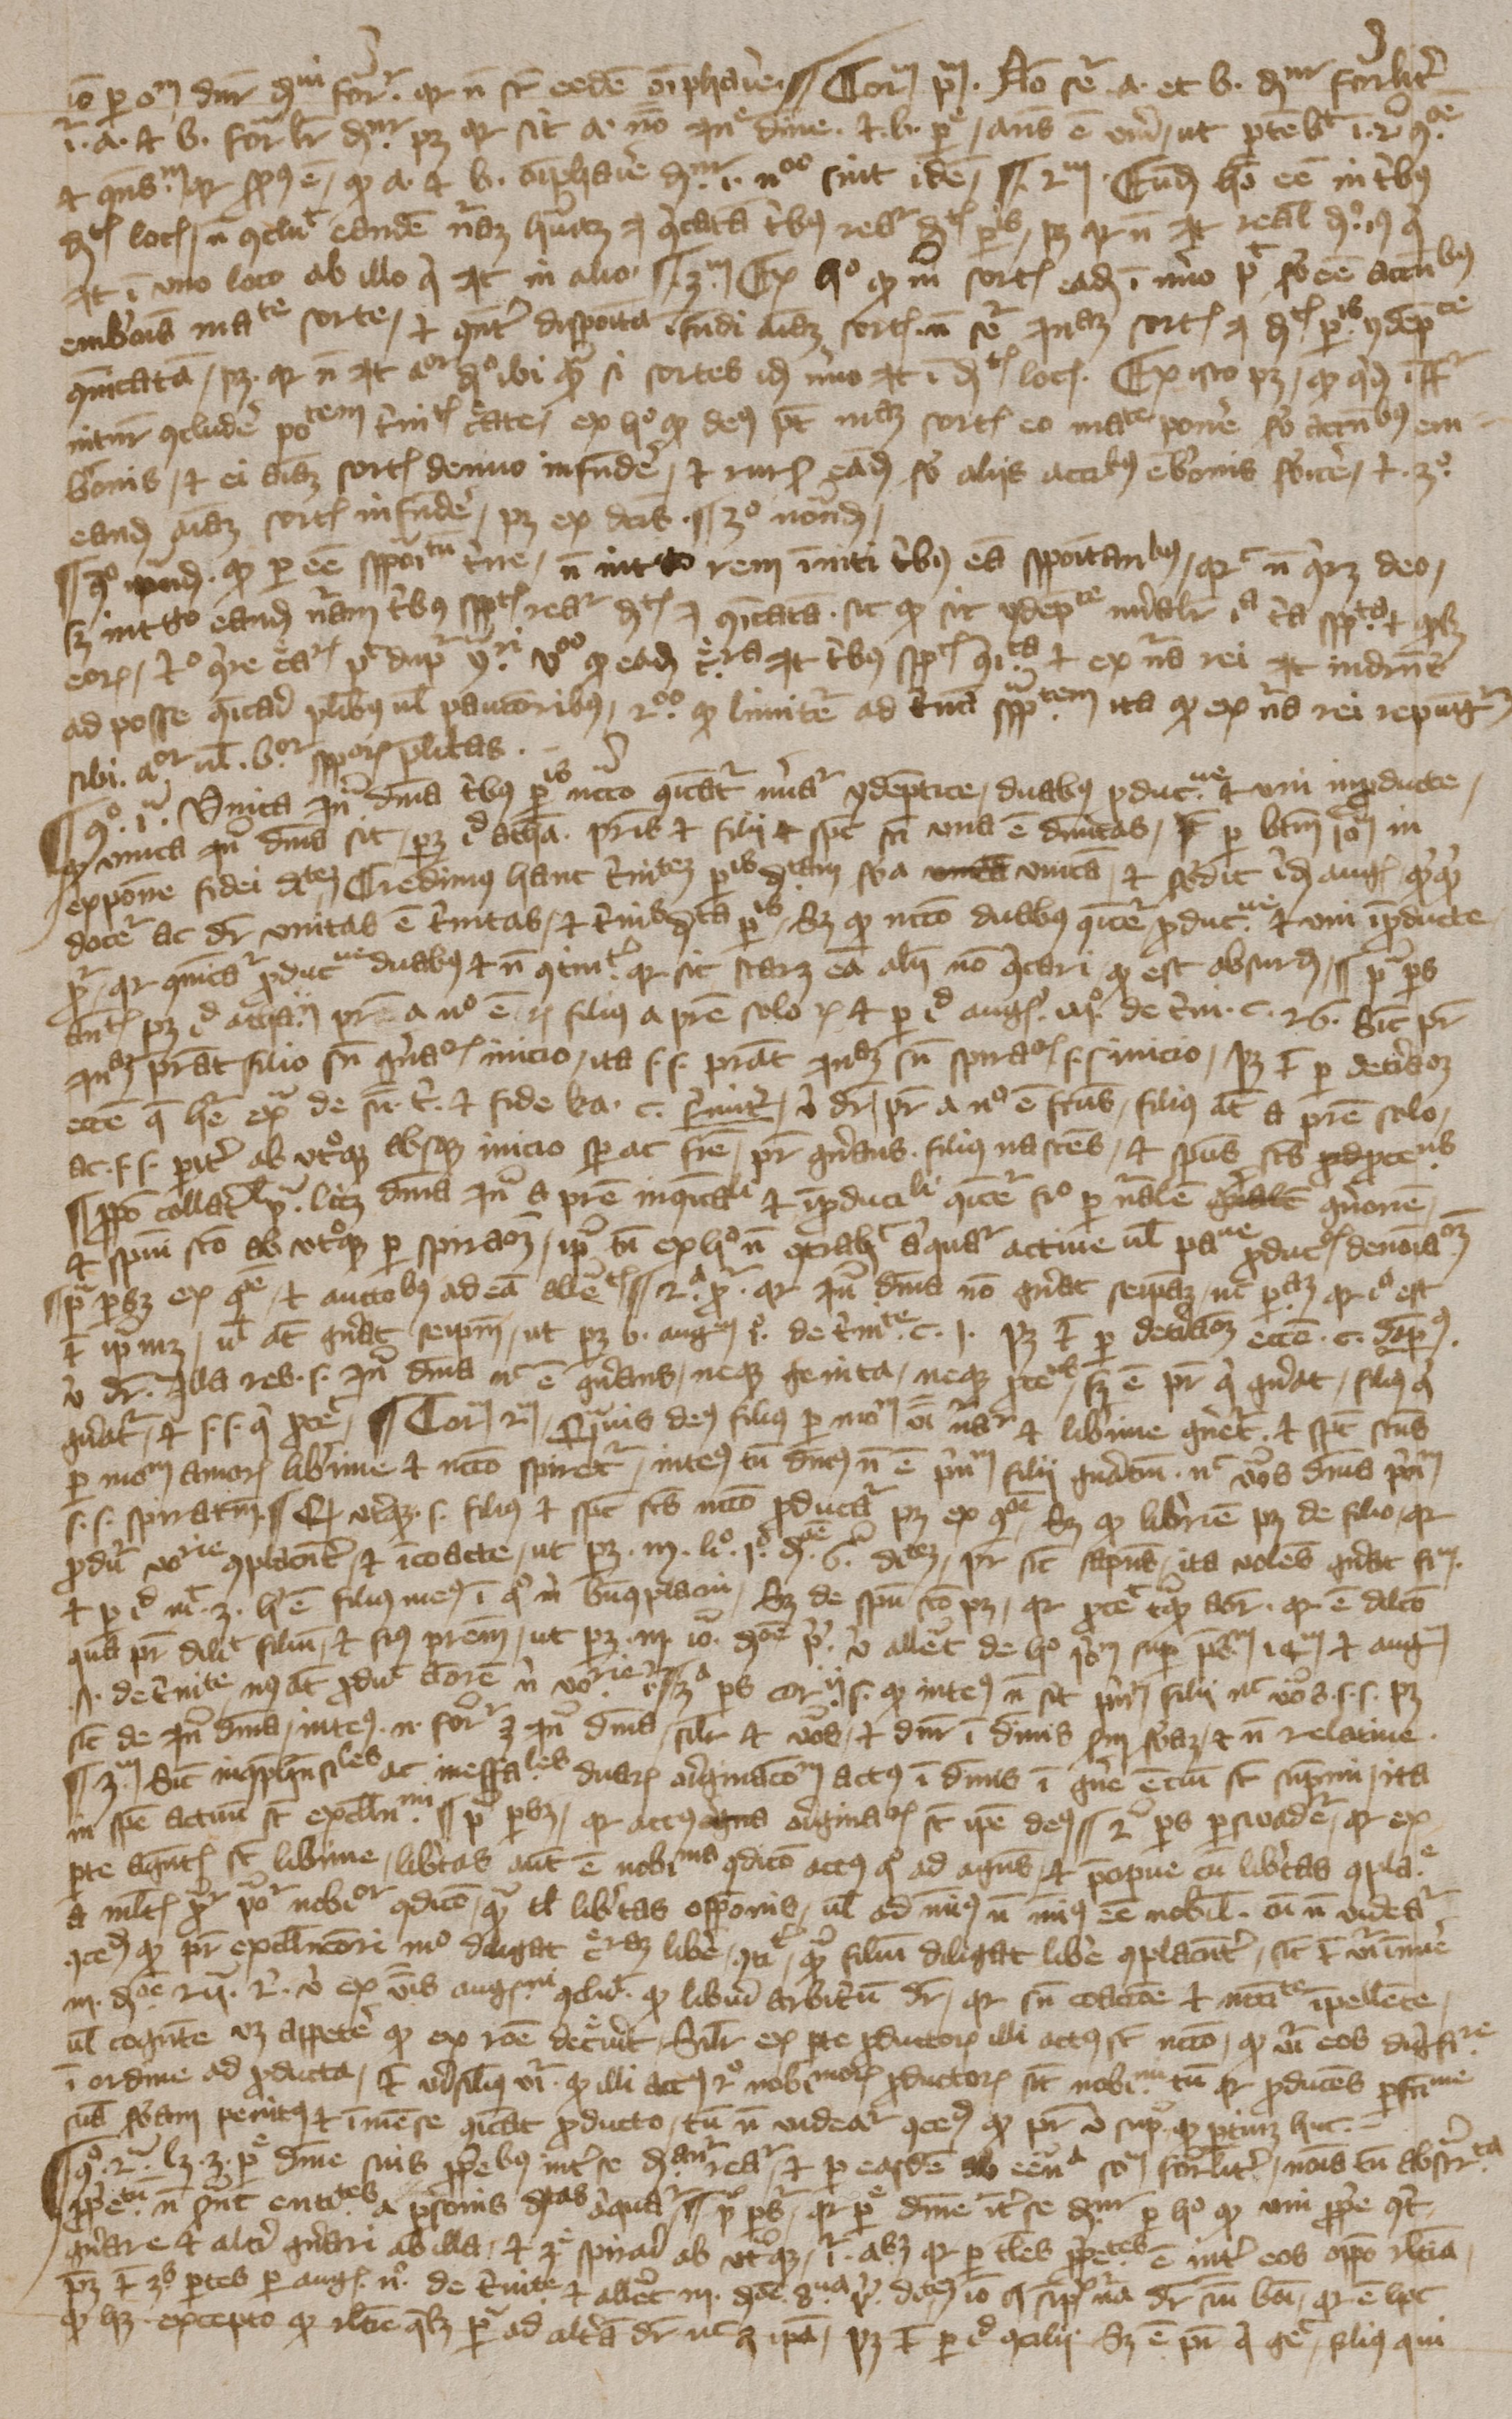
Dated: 1394–1397